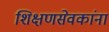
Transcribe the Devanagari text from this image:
शिक्षणसेवकांना